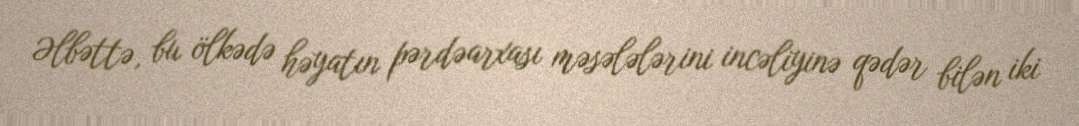
Əlbəttə, bu ölkədə həyatın pərdəarxası məsələlərini incəliyinə qədər bilən iki